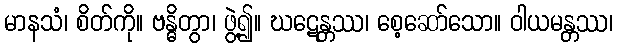
မာနသံ၊ စိတ်ကို။ ဗန္ဓိတွာ၊ ဖွဲ့၍။ ဃဋေန္တဿ၊ စေ့ဆော်သော။ ဝါယမန္တဿ၊